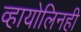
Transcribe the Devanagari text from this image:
व्हायोलिनही